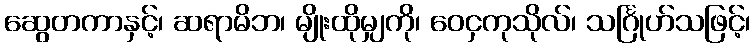
ဆွေတကာနှင့်၊ ဆရာမိဘ၊ မျိုးထိုမျှကို၊ ဝေငှကုသိုလ်၊ သင်္ဂြုဟ်သဖြင့်၊